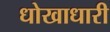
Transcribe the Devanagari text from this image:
धोखाधारी